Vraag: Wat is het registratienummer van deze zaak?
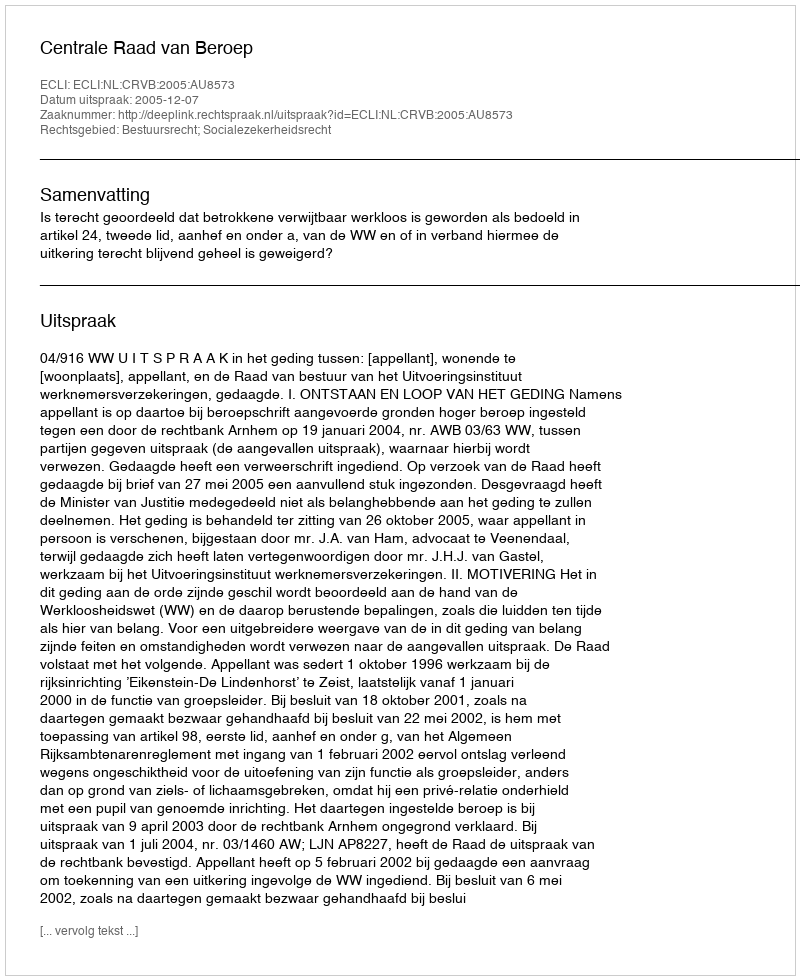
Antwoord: http://deeplink.rechtspraak.nl/uitspraak?id=ECLI:NL:CRVB:2005:AU8573